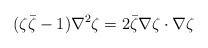
\begin{align*}(\zeta {\bar \zeta} -1) \nabla ^2 \zeta = 2 {\bar \zeta} \nabla \zeta\cdot \nabla \zeta\end{align*}